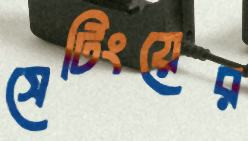
সেটিংয়ের